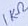
Text: 1KΩ